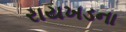
રાયખડના